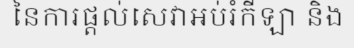
នៃការផ្តល់សេវាអប់រំកីឡា និង